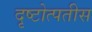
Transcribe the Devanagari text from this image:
दृष्टोत्पतीस